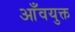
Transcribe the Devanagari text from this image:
आँवयुक्त